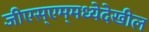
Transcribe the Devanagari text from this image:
जीएस्‌एम्‌मध्येदेखील